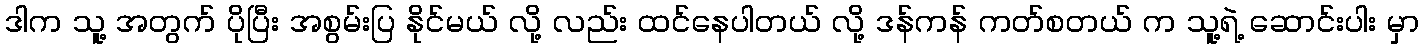
ဒါက သူ့ အတွက် ပိုပြီး အစွမ်းပြ နိုင်မယ် လို့ လည်း ထင်နေပါတယ် လို့ ဒန်ကန် ကတ်စတယ် က သူ့ရဲ့ ဆောင်းပါး မှာ